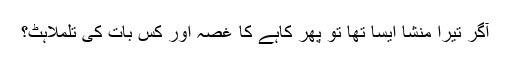
آگر تیرا منشا ایسا تھا تو پھر کاہے کا غصہ اور کس بات کی تلملاہٹ؟